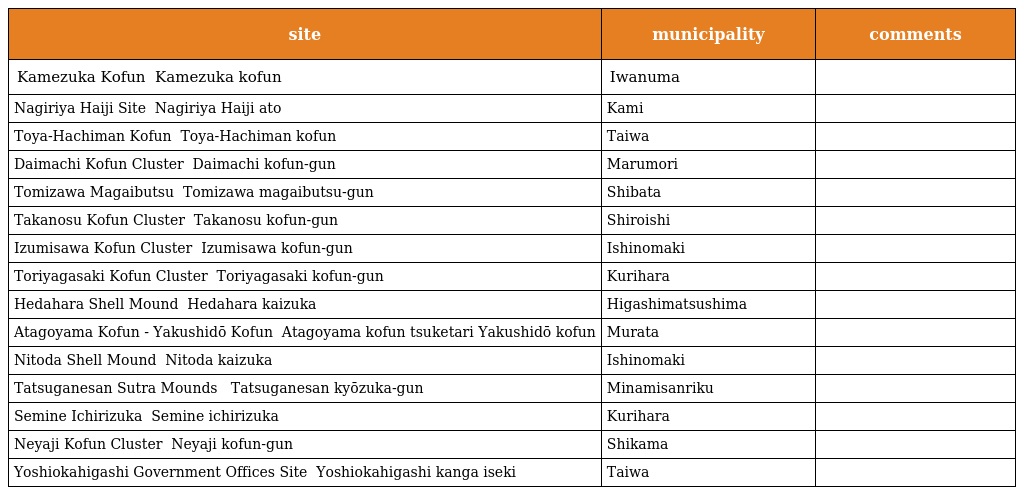
| site | municipality | comments |
 | --- | --- | --- |
 | Kamezuka Kofun かめ塚古墳 Kamezuka kofun | Iwanuma |  |
 | Nagiriya Haiji Site 菜切谷廃寺跡 Nagiriya Haiji ato | Kami |  |
 | Toya-Hachiman Kofun 鳥屋八幡古墳 Toya-Hachiman kofun | Taiwa |  |
 | Daimachi Kofun Cluster 台町古墳群 Daimachi kofun-gun | Marumori |  |
 | Tomizawa Magaibutsu 富沢磨崖仏群 Tomizawa magaibutsu-gun | Shibata |  |
 | Takanosu Kofun Cluster 鷹の巣古墳群 Takanosu kofun-gun | Shiroishi |  |
 | Izumisawa Kofun Cluster 和泉沢古墳群 Izumisawa kofun-gun | Ishinomaki |  |
 | Toriyagasaki Kofun Cluster 鳥矢ヶ崎古墳群 Toriyagasaki kofun-gun | Kurihara |  |
 | Hedahara Shell Mound 平田原貝塚 Hedahara kaizuka | Higashimatsushima |  |
 | Atagoyama Kofun - Yakushidō Kofun 愛宕山古墳・附薬師堂古墳 Atagoyama kofun tsuketari Yakushidō kofun | Murata |  |
 | Nitoda Shell Mound 仁斗田貝塚 Nitoda kaizuka | Ishinomaki |  |
 | Tatsuganesan Sutra Mounds 田束山 経塚群 Tatsuganesan kyōzuka-gun | Minamisanriku |  |
 | Semine Ichirizuka 瀬峰一里塚 Semine ichirizuka | Kurihara |  |
 | Neyaji Kofun Cluster 念南寺古墳群 Neyaji kofun-gun | Shikama |  |
 | Yoshiokahigashi Government Offices Site 吉岡東官衙遺跡 Yoshiokahigashi kanga iseki | Taiwa |  |